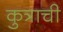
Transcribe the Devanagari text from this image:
कुत्राची